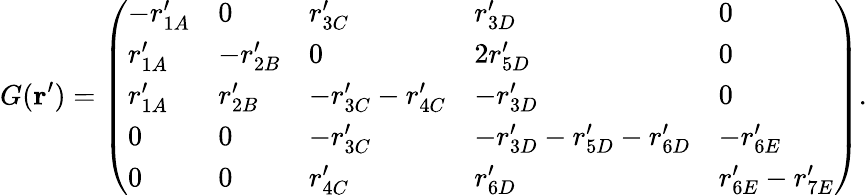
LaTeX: G(\mathbf{r}^{\prime})=\left(\begin{array}{lllll}{-r_{1A}^{\prime}}&{0}&{r_{3C}^{\prime}}&{r_{3D}^{\prime}}&{0}\\ {r_{1A}^{\prime}}&{-r_{2B}^{\prime}}&{0}&{2r_{5D}^{\prime}}&{0}\\ {r_{1A}^{\prime}}&{r_{2B}^{\prime}}&{-r_{3C}^{\prime}-r_{4C}^{\prime}}&{-r_{3D}^{\prime}}&{0}\\ {0}&{0}&{-r_{3C}^{\prime}}&{-r_{3D}^{\prime}-r_{5D}^{\prime}-r_{6D}^{\prime}}&{-r_{6E}^{\prime}}\\ {0}&{0}&{r_{4C}^{\prime}}&{r_{6D}^{\prime}}&{r_{6E}^{\prime}-r_{7E}^{\prime}}\end{array}\right).